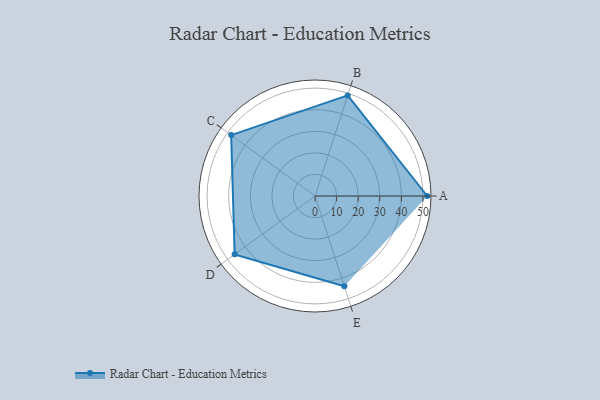
{"axis": {"x": "Skill", "y": "Score"}, "legend": ["Profile"], "data": [{"x": "A", "y": 52.0, "type": "Profile"}, {"x": "B", "y": 49.0, "type": "Profile"}, {"x": "C", "y": 48.0, "type": "Profile"}, {"x": "D", "y": 46.0, "type": "Profile"}, {"x": "E", "y": 44.0, "type": "Profile"}]}